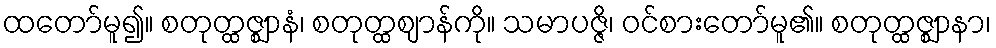
ထတော်မူ၍။ စတုတ္ထဇ္ဈာနံ၊ စတုတ္ထဈာန်ကို။ သမာပဇ္ဇိ၊ ဝင်စားတော်မူ၏။ စတုတ္ထဇ္ဈာနာ၊